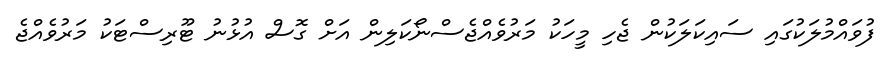
ފުވައްމުލަކުގައި ސައިކަލަކުން ޖެހި މީހަކު މަރުވެއްޖެސްނޯކަލިން އަށް ގޮސް އުޅުނު ޓޫރިސްޓަކު މަރުވެއްޖެ